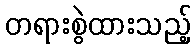
တရားစွဲထားသည့်